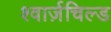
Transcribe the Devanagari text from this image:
श्वार्ज़चिल्ड